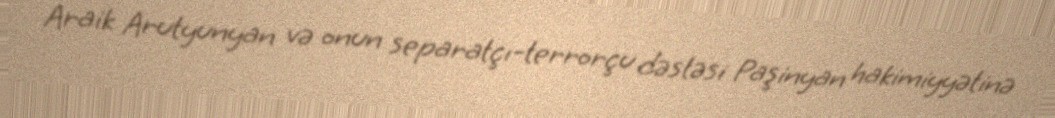
Araik Arutyunyan və onun separatçı-terrorçu dəstəsi Paşinyan hakimiyyətinə